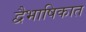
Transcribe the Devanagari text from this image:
द्वैभाषिकात